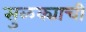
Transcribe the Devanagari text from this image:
सुळक्याची